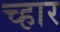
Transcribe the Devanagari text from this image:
च्हार